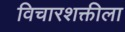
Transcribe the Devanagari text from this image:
विचारशक्तीला